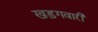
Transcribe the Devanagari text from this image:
खड़गवारी